Indian Medical Review
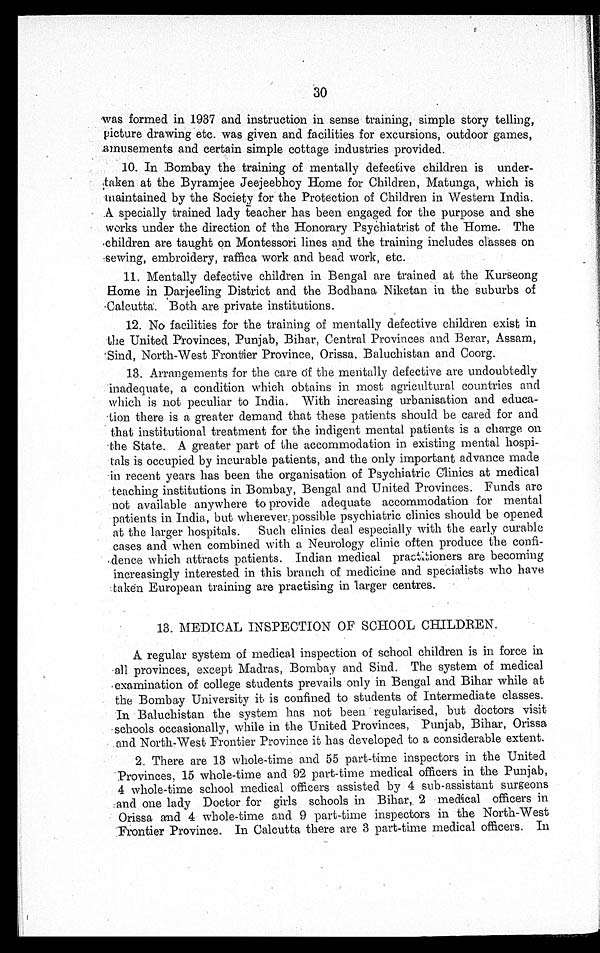
30
was formed in 1937 and instruction in sense training, simple story telling,
picture drawing etc. was given and facilities for excursions, outdoor games,
amusements and certain simple cottage industries provided.
10. In Bombay the training of mentally defective children is under-
taken at the Byramjee Jeejeebhoy Home for Children, Matunga, which is
maintained by the Society for the Protection of Children in Western India.
A specially trained lady teacher has been engaged for the purpose and she
works under the direction of the Honorary Psychiatrist of the Home. The
children are taught on Montessori lines and the training includes classes on
sewing, embroidery, raffica work and bead work, etc.
11. Mentally defective children in Bengal are trained at the Kurseong
Home in Darjeeling District and the Bodhana Niketan in the suburbs of
Calcutta. Both are private institutions.
12. No facilities for the training of mentally defective children exist in
the United Provinces, Punjab, Bihar, Central Provinces and Berar, Assam,
Sind, North-West Frontier Province, Orissa, Baluchistan and Coorg.
13. Arrangements for the care of the mentally defective are undoubtedly
inadequate, a condition which obtains in most agricultural countries and
which is not peculiar to India. With increasing urbanisation and
e d u c a t i o n t h e r e i s a g r e a t e r d e m a n d t h a t t h e s e p a t i e n t s s h o u l d b e c a r e d f o r a n d
that institutional treatment for the indigent mental patients is a charge on
the State. A greater part of the accommodation in existing mental hospi-
tals is occupied by incurable patients, and the only important advance made
in recent years has been the organisation of Psychiatric Clinics at medical
teaching institutions in Bombay, Bengal and United Provinces. Funds are
not available anywhere to provide adequate accommodation for mental
patients in India, but wherever possible psychiatric clinics should be opened
at the
l a r g e r h o s p i t a l s . S u c h c l i n i c s d e a l e s p e c i a l l y w i t h t h e e a r l y c u r a b l e
cases and when combined with a Neurology clinic often produce the
confidence which attracts patients. Indian medical practitioners are becoming
increasingly interested in this branch of medicine and specialists who have
taken European training are practising in larger centres.
13. MEDICAL INSPECTION OF SCHOOL CHILDREN.
A regular system of medical inspection of school children is in force in
all provinces, except Madras, Bombay and Sind. The system of medical
examination of college students prevails only in Bengal and Bihar while at
the Bombay University it is confined to students of Intermediate classes.
In Baluchistan the system has not been regularised, but doctors visit
schools occasionally, while in the United Provinces, Punjab, Bihar, Orissa
and North-West Frontier Province it has developed to a considerable extent.
2. There are 13 whole-time and 55 part-time inspectors in the United
Provinces, 15 whole-time and 92 part-time medical officers in the Punjab,
4 whole-time school medical officers assisted by 4 sub-assistant surgeons
and one lady Doctor for girls schools in Bihar, 2 medical officers in
Orissa and 4 whole-time and 9 part-time inspectors in the North-West
Frontier Province. In Calcutta there are 3 part-time medical officers. In